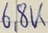
Text: 6.8K